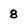
Character: 8